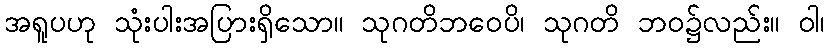
အရူပဟု သုံးပါးအပြားရှိသော။ သုဂတိဘဝေပိ၊ သုဂတိ ဘဝ၌လည်း။ ဝါ၊